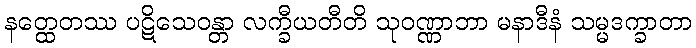
နတ္ထေတဿ ပဋိသေဝန္တာ လက္ခီယတီတိ သုဝဏ္ဏာဘာ မနာဒီနံ သမ္မဒက္ခာတာ